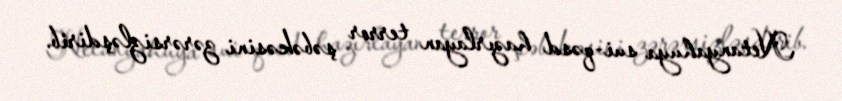
Netanyahuya sui-qəsd hazırlayan terror şəbəkəsini zərərsizləşdirib.